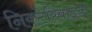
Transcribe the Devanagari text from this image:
निक्टेरिबाइडी